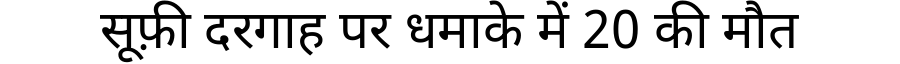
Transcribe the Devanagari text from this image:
सूफ़ी दरगाह पर धमाके में 20 की मौत